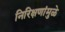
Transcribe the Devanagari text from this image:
निरिक्षणांमुळे